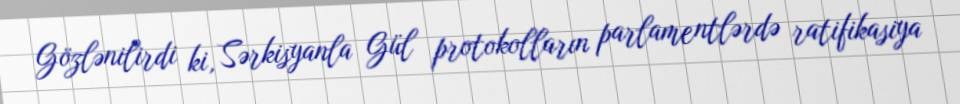
Gözlənilirdi ki, Sərkisyanla Gül protokolların parlamentlərdə ratifikasiya